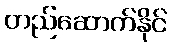
တည်ဆောက်နိုင်